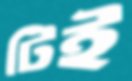
টিই